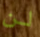
لن